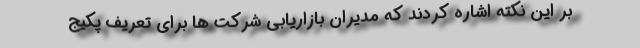
بر این نکته اشاره کردند که مدیران بازاریابی شرکت ها برای تعریف پکیج